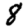
Digit: 8